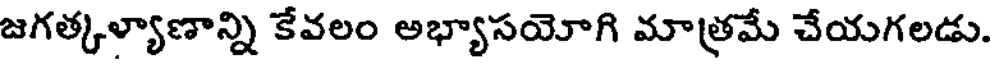
జగత్కళ్యాణాన్ని కేవలం అభ్యాసయోగి మాత్రమే చేయగలడు.